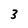
Character: 3